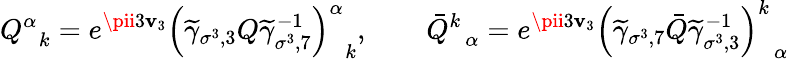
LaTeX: Q_{\; \; k}^{\alpha}=e^{\pii3\mathbf{v}_{3}}\left(\widetilde{{\gamma}}_{\sigma^{3},3}Q\widetilde{{\gamma}}_{\sigma^{3},7}^{-1}\right)_{\; \; k}^{\alpha},\quad\quad\bar{{Q}}_{\; \; \alpha}^{k}=e^{\pii3\mathbf{v}_{3}}\left(\widetilde{{\gamma}}_{\sigma^{3},7}\bar{{Q}}\widetilde{{\gamma}}_{\sigma^{3},3}^{-1}\right)_{\; \; \alpha}^{k}